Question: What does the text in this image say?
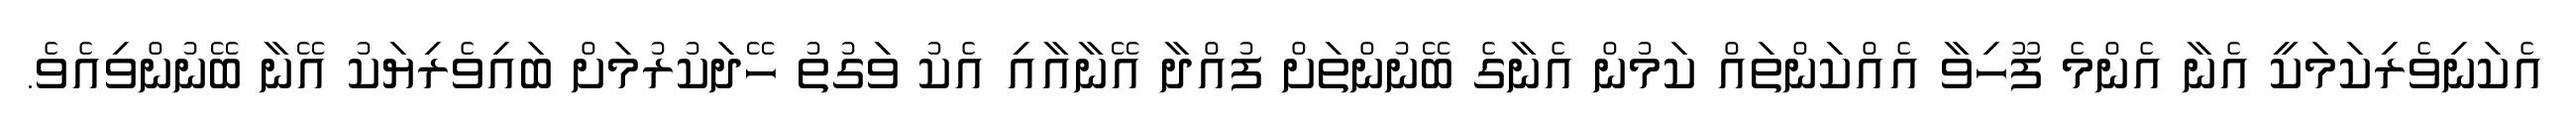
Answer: އެކަނިވެރިކަމަކީ އެނާ އެންމެ ފޫހިވާ އެއްކަންތައް ކަމުން އެނާގެ ބޭނުންތަށް ފުއްދާ އޭނާއާއި އެކު ވަގުތު ހޭދަކުރުމަށް ބައިވެރިޔަކު އޭނާ ބޭނުންވިއެވެ.